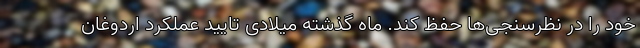
خود را در نظرسنجی‌ها حفظ کند. ماه گذشته میلادی تایید عملکرد اردوغان